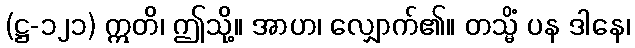
(ဋ္ဌ-၁၂၁) ဣတိ၊ ဤသို့။ အာဟ၊ လျှောက်၏။ တသ္မိံ ပန ဒါနေ၊